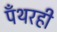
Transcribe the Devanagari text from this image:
पँथरही